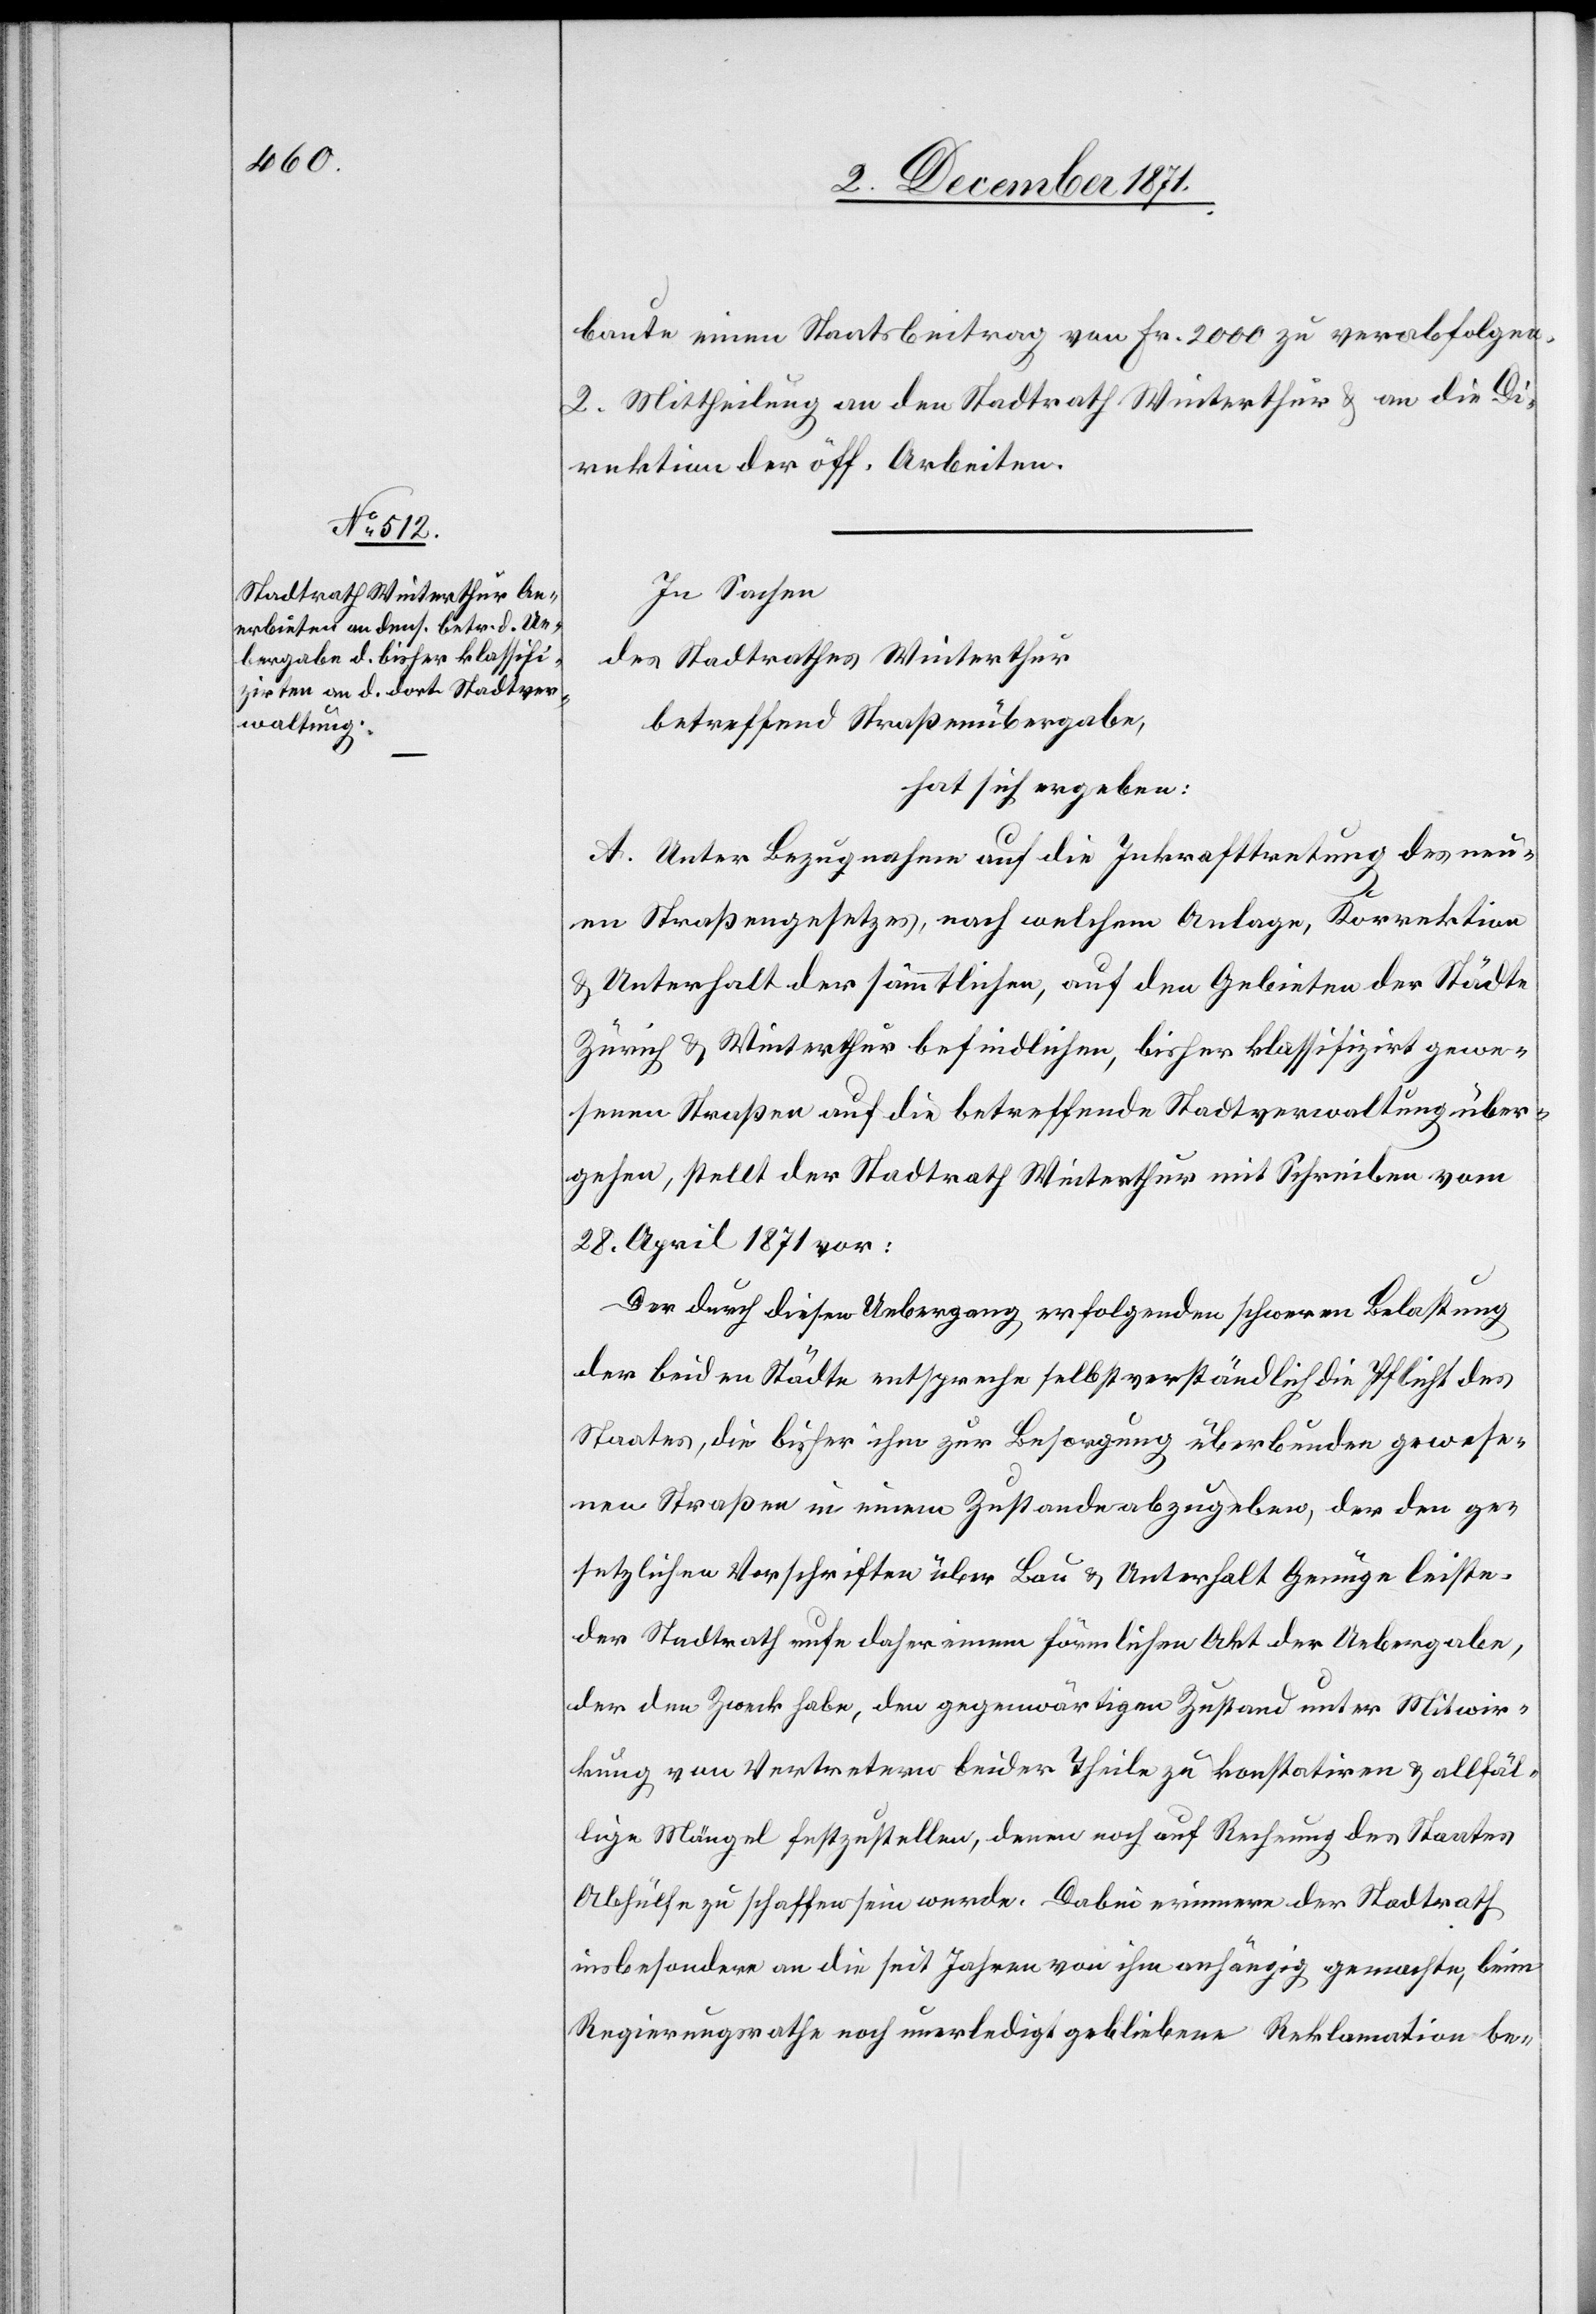
baute einen Staatsbeitrag von Fr. 2000 zu verabfolgen.
2. Mittheilung an den Stadtrath Winterthur & an die Di¬
rektion der öff. Arbeiten.
In Sachen
des Stadtrathes Winterthur
betreffend Straßenübergabe,
hat sich ergeben:
A. Unter Bezugnahme auf die Inkrafttretung des neu¬
en Straßengesetzes, nach welchem Anlage, Korrektion
& Unterhalt der sämmtlichen, auf den Gebieten der Städte
Zürich & Winterthur befindlichen, bisher klassifizirt gewe¬
senen Straßen auf die betreffende Stadtverwaltung über¬
gehen, stellt der Stadtrath Winterthur mit Schreiben vom
28. April 1871 vor:
Der durch diesen Uebergang erfolgenden schweren Belastung
der beiden Städte entspreche selbstverständlich die Pflicht des
Staates, die bisher ihm zur Besorgung überbunden gewese¬
nen Straßen in einem Zustande abzugeben, der den ge¬
setzlichen Vorschriften über Bau & Unterhalt Genüge leiste,
der Stadtrath rufe daher einen förmlichen Akt der Uebergabe,
der den Zweck habe, den gegenwärtigen Zustand unter Mitwir¬
kung von Vertretern beider Theile zu konstatiren & allfäl¬
lige Mängel festzustellen, denen noch auf Rechnung des Staates
Abhülfe zu schaffen sein werde. Dabei erinnere der Stadtrath
insbesondere an die seit Jahren von ihm anhörig gemachte, beim
Regierungsrathe noch unerledigt gebliebene Reklamation be-